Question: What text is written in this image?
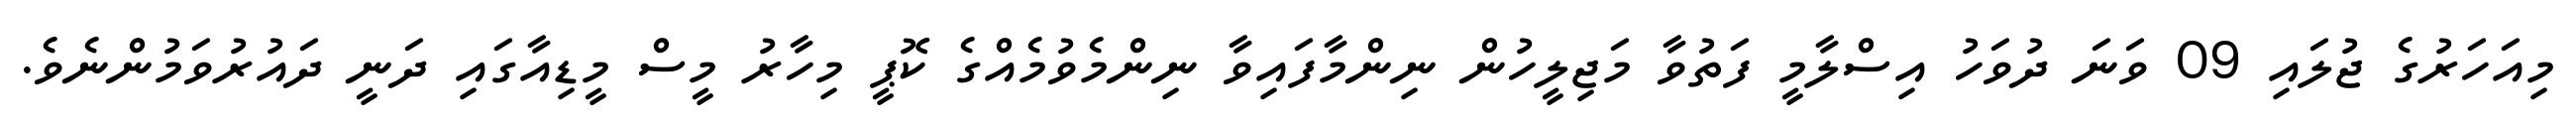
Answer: މިއަހަރުގެ ޖުލައި 09 ވަނަ ދުވަހު އިސްލާމީ ފަތުވާ މަޖިލީހުން ނިންމާފައިވާ ނިންމެވުމެއްގެ ކޮޕީ މިހާރު މީސް މީޑިއާގައި ދަނީ ދައުރުވަމުންނެވެ.